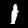
Digit: 1